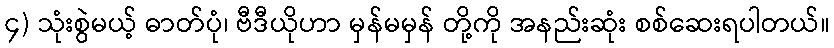
၄) သုံးစွဲမယ့် ဓာတ်ပုံ၊ ဗီဒီယိုဟာ မှန်မမှန် တို့ကို အနည်းဆုံး စစ်ဆေးရပါတယ်။